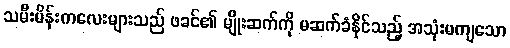
သမီးမိန်းကလေးများသည် ဖခင်၏ မျိုးဆက်ကို မဆက်ခံနိုင်သည့် အသုံးမကျသော